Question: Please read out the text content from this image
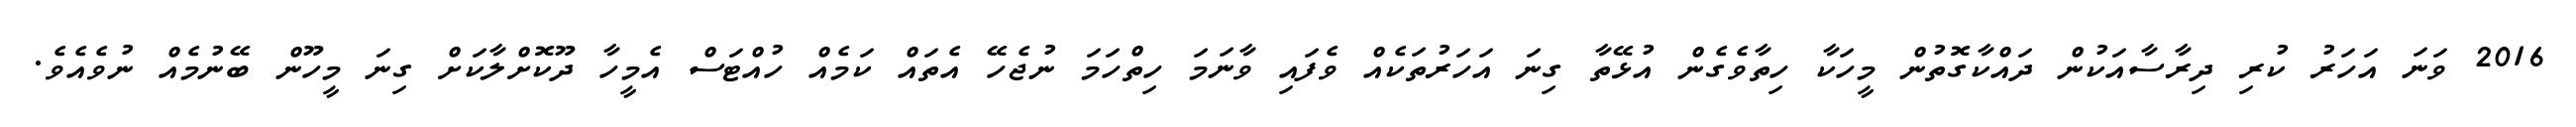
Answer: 2016 ވަނަ އަހަރު ކުރި ދިރާސާއަކުން ދައްކާގޮތުން މީހަކާ ހިތާވެގެން އުޅޭތާ ގިނަ އަހަރުތަކެއް ވެފައި ވާނަމަ ހިތްހަމަ ނުޖެހޭ އެތައް ކަމެއް ހުއްޓަސް އެމީހާ ދޫކޮށްލާކަށް ގިނަ މީހޫން ބޭނުމެއް ނުވެއެވެ.